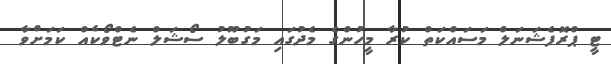
ޓީ ޕްރޮފެޝަނަލް މަސައްކަތް ކުރާ މީހުންގެ މެދުގައި މަގުބޫލު ސޯޝަލް ނެޓްވޯކެއް ކަމަށްވާ